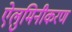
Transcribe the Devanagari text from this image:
ऐलुमिनीकरण